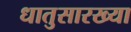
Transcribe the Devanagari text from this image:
धातुसारख्या